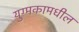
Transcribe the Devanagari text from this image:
युग्मकामधील